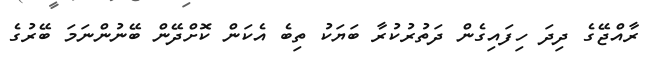
ރާއްޖޭގެ ދިދަ ހިފައިގެން ދަތުރުކުރާ ބަޔަކު ތިބެ އެކަން ކޮށްދޭން ބޭނުންނަމަ ބޭރުގެ